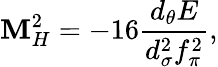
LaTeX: \mathbf{M}_{H}^{2}=-16\frac{{d_{\theta}E}}{{d_{\sigma}^{2}f_{\pi}^{2}}},